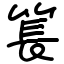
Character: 𥮲